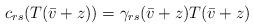
LaTeX: \begin{align*}c_{rs}(T(\bar{v}+z))=\gamma_{rs}(\bar{v}+z)T(\bar{v}+z)\end{align*}